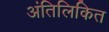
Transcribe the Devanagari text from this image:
अंतिलिकित